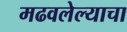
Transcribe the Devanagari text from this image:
मढवलेल्याचा